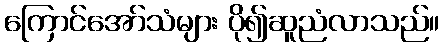
ကြောင်အော်သံများ ပို၍ဆူညံလာသည်။